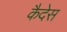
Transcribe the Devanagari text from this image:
कैदेस